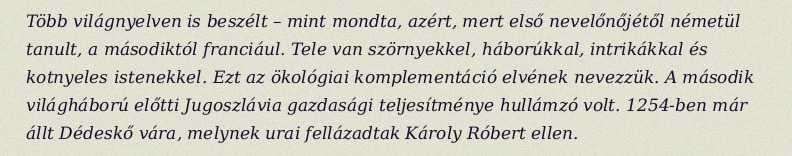
Több világnyelven is beszélt – mint mondta, azért, mert első nevelőnőjétől németül tanult, a másodiktól franciául. Tele van szörnyekkel, háborúkkal, intrikákkal és kotnyeles istenekkel. Ezt az ökológiai komplementáció elvének nevezzük. A második világháború előtti Jugoszlávia gazdasági teljesítménye hullámzó volt. 1254-ben már állt Dédeskő vára, melynek urai fellázadtak Károly Róbert ellen.